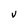
Character: V